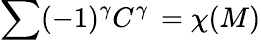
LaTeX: \sum(-1)^{\gamma}C^{\gamma}\, =\chi(M)